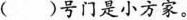
()号门是小方家。